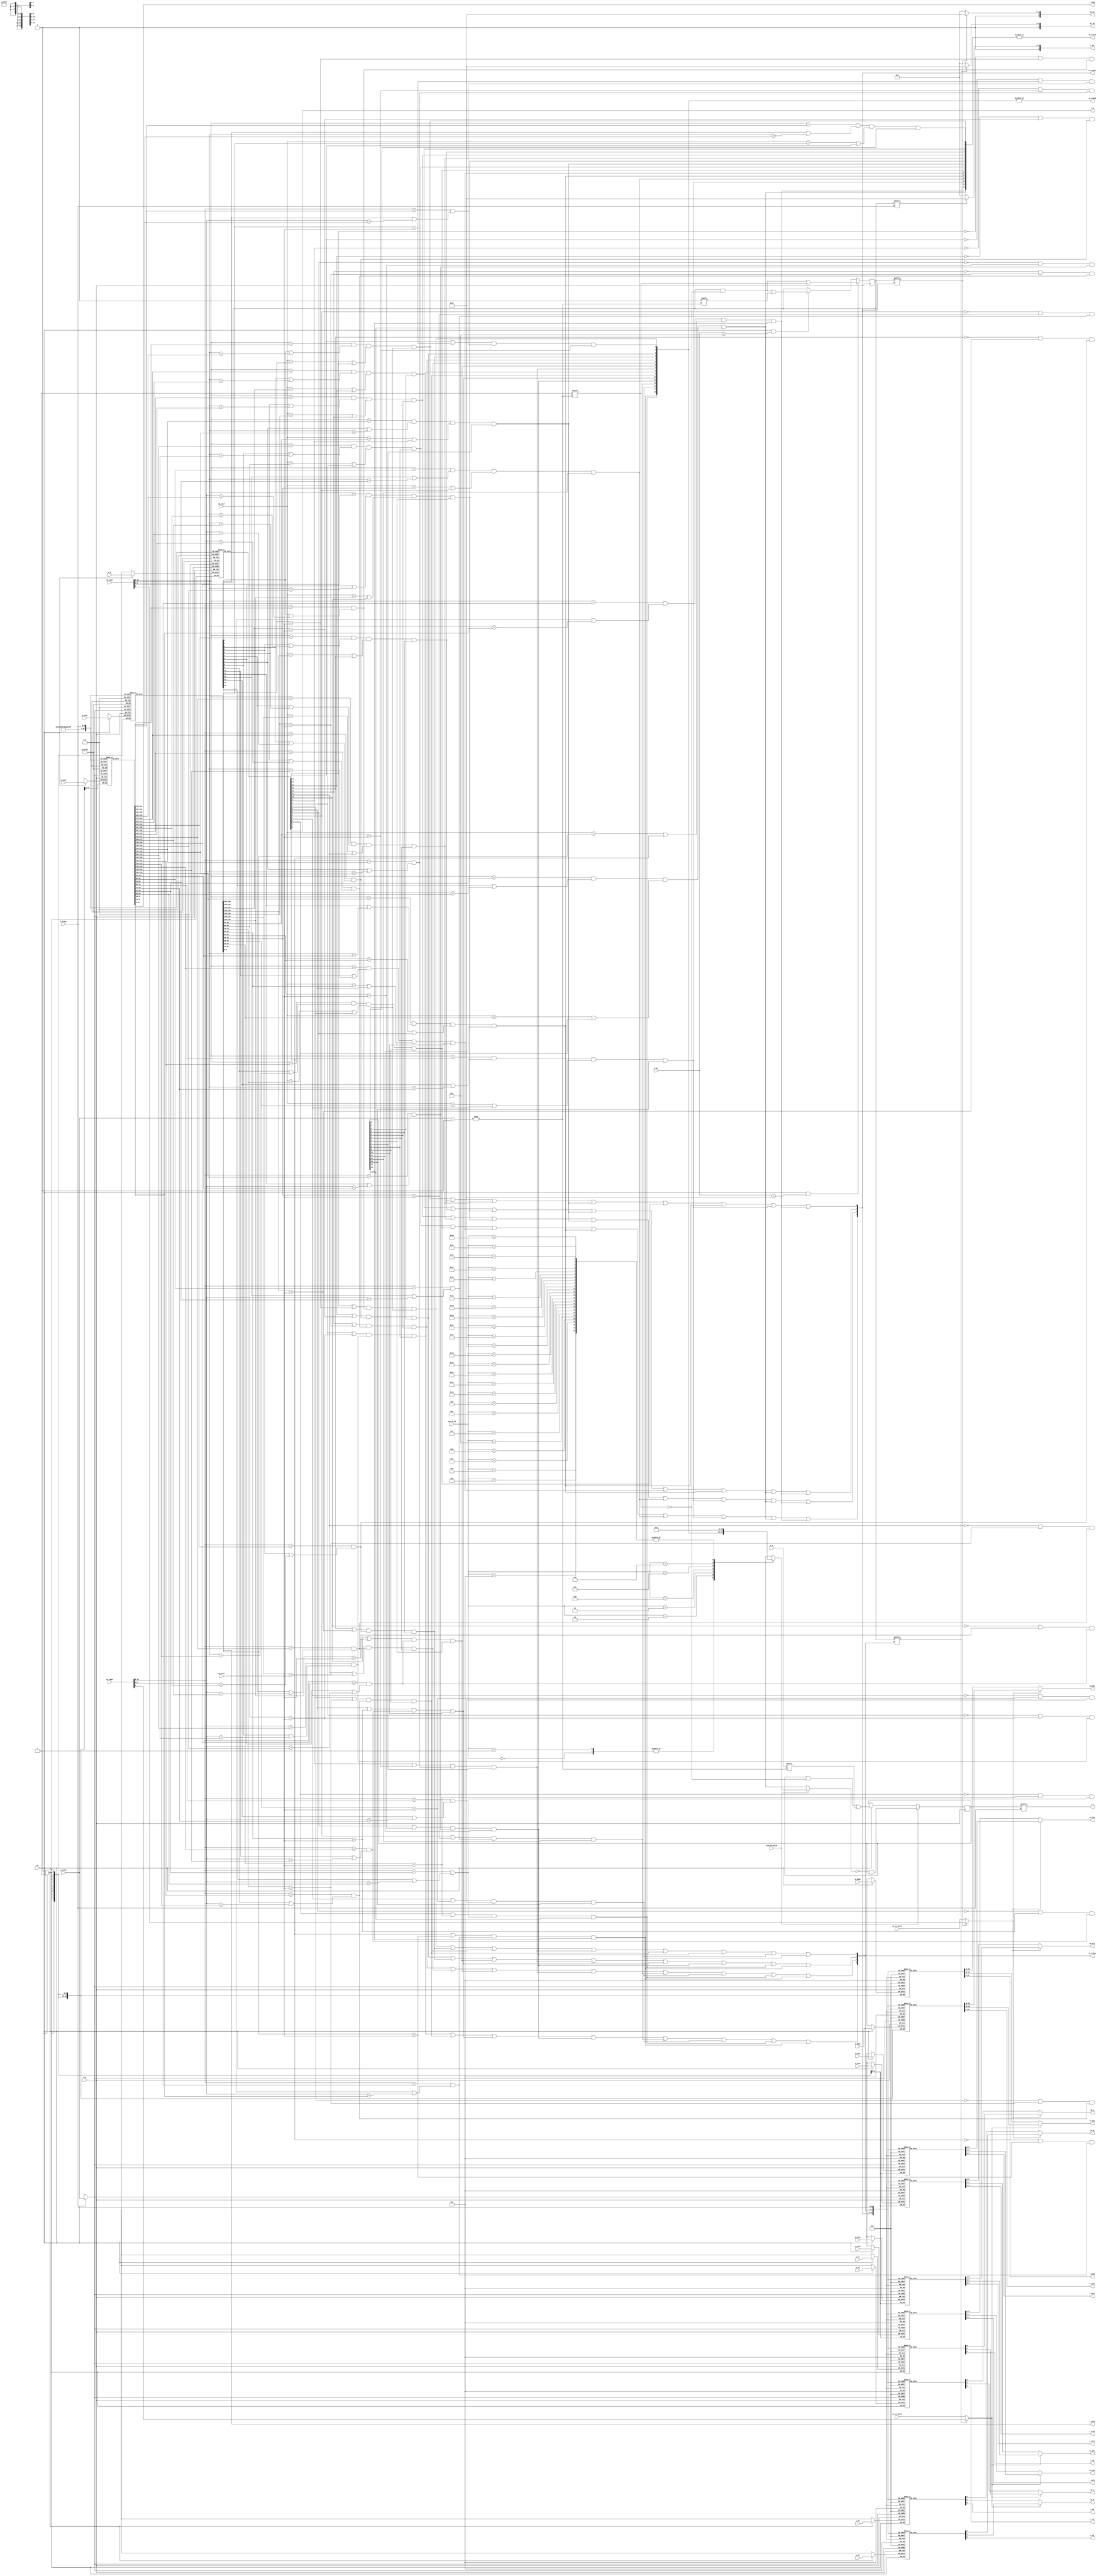
module tlb
#(
    parameter TLBNUM = 16
)
(
    input  wire         clk,

// search port 0 (for fetch)
    input  wire [ 18:0] s0_vppn,                // vppn    :  31 ~ 13 
    input  wire         s0_va_bit12,            // va_bit12:  12      
    input  wire [  9:0] s0_asid,                // asid    :  CAR.ASID  ASID 
    output wire         s0_found,               // found   :  TLB 
    output wire [$clog2(TLBNUM)-1:0] s0_index,  // index   :  CSR.TLBIDX 
    output wire [ 19:0] s0_ppn,                 // ppn     : 
    output wire [  5:0] s0_ps,                  // ps      : 
    output wire [  1:0] s0_plv,                 // plv     : 
    output wire [  1:0] s0_mat,                 // mat     :  TLB 
    output wire         s0_d,                   // d       : 
    output wire         s0_v,                   // v       : 

// search port 1 (for load/store)
    input  wire [ 18:0] s1_vppn,
    input  wire         s1_va_bit12,
    input  wire [  9:0] s1_asid,
    output wire         s1_found,
    output wire [$clog2(TLBNUM) - 1:0] s1_index,
    output wire [ 19:0] s1_ppn,
    output wire [  5:0] s1_ps,
    output wire [  1:0] s1_plv,
    output wire [  1:0] s1_mat,
    output wire         s1_d,
    output wire         s1_v,

// invtlb opcode
    input  wire         invtlb_valid,           // valid: INVTLB :  TLB  TLB 
    input  wire [  4:0] invtlb_op,              // op   : INVTLB 0x0~0x6  7 

// write port
    input  wire         we,                     //w(rite) e(nable)
    input  wire [$clog2(TLBNUM)-1:0] w_index,
    input  wire         w_e,
    input  wire [ 18:0] w_vppn,
    input  wire [  5:0] w_ps,
    input  wire [  9:0] w_asid,
    input  wire         w_g,
    input  wire [ 19:0] w_ppn0,
    input  wire [  1:0] w_plv0,
    input  wire [  1:0] w_mat0,
    input  wire         w_d0,
    input  wire         w_v0,
    input  wire [ 19:0] w_ppn1,
    input  wire [  1:0] w_plv1,
    input  wire [  1:0] w_mat1,
    input  wire         w_d1,
    input  wire         w_v1,

// read port
    input  wire [$clog2(TLBNUM)-1:0] r_index,
    output wire         r_e,
    output wire [ 18:0] r_vppn,
    output wire [  5:0] r_ps,
    output wire [  9:0] r_asid,
    output wire         r_g,
    output wire [ 19:0] r_ppn0,
    output wire [  1:0] r_plv0,
    output wire [  1:0] r_mat0,
    output wire         r_d0,
    output wire         r_v0,
    output wire [ 19:0] r_ppn1,
    output wire [  1:0] r_plv1,
    output wire [  1:0] r_mat1,
    output wire         r_d1,
    output wire         r_v1
);

reg  [TLBNUM - 1:0] tlb_e;                      // e    :  1  TLB 
reg  [TLBNUM - 1:0] tlb_ps4MB;                  // ps4MB:  1  4MB 0  4KB
reg  [        18:0] tlb_vppn [TLBNUM - 1:0];    // vppn : 
reg  [         9:0] tlb_asid [TLBNUM - 1:0];    // asid : 
reg                 tlb_g    [TLBNUM - 1:0];    // g    :  1  ASID 
reg  [        19:0] tlb_ppn0 [TLBNUM - 1:0];    // ppn  : 
reg  [         1:0] tlb_plv0 [TLBNUM - 1:0];    // plv  : 
reg  [         1:0] tlb_mat0 [TLBNUM - 1:0];    // mat  : 0x00 0x01 0x10/0x11 
reg                 tlb_d0   [TLBNUM - 1:0];    // d    :  1 
reg                 tlb_v0   [TLBNUM - 1:0];    // v    :  1 
reg  [        19:0] tlb_ppn1 [TLBNUM - 1:0];
reg  [         1:0] tlb_plv1 [TLBNUM - 1:0];
reg  [         1:0] tlb_mat1 [TLBNUM - 1:0];
reg                 tlb_d1   [TLBNUM - 1:0];
reg                 tlb_v1   [TLBNUM - 1:0];

wire                s0_sel;                     // sel  :  23  13 
wire                s1_sel;

wire [TLBNUM - 1:0] match0;
wire [TLBNUM - 1:0] match1;

wire [TLBNUM - 1:0] invtlb_mask[31:0];          // mask :  invtlb_op 
wire [TLBNUM - 1:0] cond1;                      // cond1: G  0
wire [TLBNUM - 1:0] cond2;                      // cond2: G  1
wire [TLBNUM - 1:0] cond3;                      // cond3: s1_asid  ASID 
wire [TLBNUM - 1:0] cond4;                      // cond4: s1_vppn  VPPN  PS 

assign match0[ 0] = (s0_vppn[18:9] == tlb_vppn[ 0][18:9])
                  & (tlb_ps4MB[ 0] || s0_vppn[8:0] == tlb_vppn[ 0][8:0])
                  & ((s0_asid == tlb_asid[ 0]) || tlb_g[ 0]) & tlb_e[ 0];
assign match0[ 1] = (s0_vppn[18:9] == tlb_vppn[ 1][18:9])
                  & (tlb_ps4MB[ 1] || s0_vppn[8:0] == tlb_vppn[ 1][8:0])
                  & ((s0_asid == tlb_asid[ 1]) || tlb_g[ 1]) & tlb_e[ 1];
assign match0[ 2] = (s0_vppn[18:9] == tlb_vppn[ 2][18:9])
                  & (tlb_ps4MB[ 2] || s0_vppn[8:0] == tlb_vppn[ 2][8:0])
                  & ((s0_asid == tlb_asid[ 2]) || tlb_g[ 2]) & tlb_e[ 2];
assign match0[ 3] = (s0_vppn[18:9] == tlb_vppn[ 3][18:9])
                  & (tlb_ps4MB[ 3] || s0_vppn[8:0] == tlb_vppn[ 3][8:0])
                  & ((s0_asid == tlb_asid[ 3]) || tlb_g[ 3]) & tlb_e[ 3];
assign match0[ 4] = (s0_vppn[18:9] == tlb_vppn[ 4][18:9])
                  & (tlb_ps4MB[ 4] || s0_vppn[8:0] == tlb_vppn[ 4][8:0])
                  & ((s0_asid == tlb_asid[ 4]) || tlb_g[ 4]) & tlb_e[ 4];
assign match0[ 5] = (s0_vppn[18:9] == tlb_vppn[ 5][18:9])
                  & (tlb_ps4MB[ 5] || s0_vppn[8:0] == tlb_vppn[ 5][8:0])
                  & ((s0_asid == tlb_asid[ 5]) || tlb_g[ 5]) & tlb_e[ 5];
assign match0[ 6] = (s0_vppn[18:9] == tlb_vppn[ 6][18:9])
                  & (tlb_ps4MB[ 6] || s0_vppn[8:0] == tlb_vppn[ 6][8:0])
                  & ((s0_asid == tlb_asid[ 6]) || tlb_g[ 6]) & tlb_e[ 6];
assign match0[ 7] = (s0_vppn[18:9] == tlb_vppn[ 7][18:9])
                  & (tlb_ps4MB[ 7] || s0_vppn[8:0] == tlb_vppn[ 7][8:0])
                  & ((s0_asid == tlb_asid[ 7]) || tlb_g[ 7]) & tlb_e[ 7];
assign match0[ 8] = (s0_vppn[18:9] == tlb_vppn[ 8][18:9])
                  & (tlb_ps4MB[ 8] || s0_vppn[8:0] == tlb_vppn[ 8][8:0])
                  & ((s0_asid == tlb_asid[ 8]) || tlb_g[ 8]) & tlb_e[ 8];
assign match0[ 9] = (s0_vppn[18:9] == tlb_vppn[ 9][18:9])
                  & (tlb_ps4MB[ 9] || s0_vppn[8:0] == tlb_vppn[ 9][8:0])
                  & ((s0_asid == tlb_asid[ 9]) || tlb_g[ 9]) & tlb_e[ 9];
assign match0[10] = (s0_vppn[18:9] == tlb_vppn[10][18:9])
                  & (tlb_ps4MB[10] || s0_vppn[8:0] == tlb_vppn[10][8:0])
                  & ((s0_asid == tlb_asid[10]) || tlb_g[10]) & tlb_e[10];
assign match0[11] = (s0_vppn[18:9] == tlb_vppn[11][18:9])
                  & (tlb_ps4MB[11] || s0_vppn[8:0] == tlb_vppn[11][8:0])
                  & ((s0_asid == tlb_asid[11]) || tlb_g[11]) & tlb_e[11];
assign match0[12] = (s0_vppn[18:9] == tlb_vppn[12][18:9])
                  & (tlb_ps4MB[12] || s0_vppn[8:0] == tlb_vppn[12][8:0])
                  & ((s0_asid == tlb_asid[12]) || tlb_g[12]) & tlb_e[12];
assign match0[13] = (s0_vppn[18:9] == tlb_vppn[13][18:9])
                  & (tlb_ps4MB[13] || s0_vppn[8:0] == tlb_vppn[13][8:0])
                  & ((s0_asid == tlb_asid[13]) || tlb_g[13]) & tlb_e[13];
assign match0[14] = (s0_vppn[18:9] == tlb_vppn[14][18:9])
                  & (tlb_ps4MB[14] || s0_vppn[8:0] == tlb_vppn[14][8:0])
                  & ((s0_asid == tlb_asid[14]) || tlb_g[14]) & tlb_e[14];
assign match0[15] = (s0_vppn[18:9] == tlb_vppn[15][18:9])
                  & (tlb_ps4MB[15] || s0_vppn[8:0] == tlb_vppn[15][8:0])
                  & ((s0_asid == tlb_asid[15]) || tlb_g[15]) & tlb_e[15];

assign match1[ 0] = (cond2[ 0] | cond3[ 0]) & cond4[ 0] & tlb_e[ 0];
assign match1[ 1] = (cond2[ 1] | cond3[ 1]) & cond4[ 1] & tlb_e[ 1];
assign match1[ 2] = (cond2[ 2] | cond3[ 2]) & cond4[ 2] & tlb_e[ 2];
assign match1[ 3] = (cond2[ 3] | cond3[ 3]) & cond4[ 3] & tlb_e[ 3];
assign match1[ 4] = (cond2[ 4] | cond3[ 4]) & cond4[ 4] & tlb_e[ 4];
assign match1[ 5] = (cond2[ 5] | cond3[ 5]) & cond4[ 5] & tlb_e[ 5];
assign match1[ 6] = (cond2[ 6] | cond3[ 6]) & cond4[ 6] & tlb_e[ 6];
assign match1[ 7] = (cond2[ 7] | cond3[ 7]) & cond4[ 7] & tlb_e[ 7];
assign match1[ 8] = (cond2[ 8] | cond3[ 8]) & cond4[ 8] & tlb_e[ 8];
assign match1[ 9] = (cond2[ 9] | cond3[ 9]) & cond4[ 9] & tlb_e[ 9];
assign match1[10] = (cond2[10] | cond3[10]) & cond4[10] & tlb_e[10];
assign match1[11] = (cond2[11] | cond3[11]) & cond4[11] & tlb_e[11];
assign match1[12] = (cond2[12] | cond3[12]) & cond4[12] & tlb_e[12];
assign match1[13] = (cond2[13] | cond3[13]) & cond4[13] & tlb_e[13];
assign match1[14] = (cond2[14] | cond3[14]) & cond4[14] & tlb_e[14];
assign match1[15] = (cond2[15] | cond3[15]) & cond4[15] & tlb_e[15];

//search port 0 (for fetch)
    assign s0_found    = |match0[TLBNUM - 1:0];
    assign s0_index[0] = match0[ 1] | match0[ 3] | match0[ 5] | match0[ 7] 
                       | match0[ 9] | match0[11] | match0[13] | match0[15];
    assign s0_index[1] = match0[ 2] | match0[ 3] | match0[ 6] | match0[ 7] 
                       | match0[10] | match0[11] | match0[14] | match0[15];
    assign s0_index[2] = match0[ 4] | match0[ 5] | match0[ 6] | match0[ 7]
                       | match0[12] | match0[13] | match0[14] | match0[15];
    assign s0_index[3] = match0[ 8] | match0[ 9] | match0[10] | match0[11]
                       | match0[12] | match0[13] | match0[14] | match0[15];
    assign s0_sel = tlb_ps4MB[s0_index] ? s0_vppn[8] : s0_va_bit12;
    assign s0_ppn = s0_sel ? tlb_ppn1[s0_index] : tlb_ppn0[s0_index];
    assign s0_ps  = tlb_ps4MB[s0_index] ? 6'd21 : 6'd12;
    assign s0_plv = s0_sel ? tlb_plv1[s0_index] : tlb_plv0[s0_index];
    assign s0_mat = s0_sel ? tlb_mat1[s0_index] : tlb_mat0[s0_index];
    assign s0_d   = s0_sel ? tlb_d1  [s0_index] : tlb_d0  [s0_index];
    assign s0_v   = s0_sel ? tlb_v1  [s0_index] : tlb_v0  [s0_index];

//search port 1 (for fetch)
    assign s1_found    = |match1[TLBNUM - 1:0];
    assign s1_index[0] = match1[ 1] | match1[ 3] | match1[ 5] | match1[ 7] 
                       | match1[ 9] | match1[11] | match1[13] | match1[15];
    assign s1_index[1] = match1[ 2] | match1[ 3] | match1[ 6] | match1[ 7]
                       | match1[10] | match1[11] | match1[14] | match1[15];
    assign s1_index[2] = match1[ 4] | match1[ 5] | match1[ 6] | match1[ 7]
                       | match1[12] | match1[13] | match1[14] | match1[15];
    assign s1_index[3] = match1[ 8] | match1[ 9] | match1[10] | match1[11]
                       | match1[12] | match1[13] | match1[14] | match1[15];
    assign s1_sel = tlb_ps4MB[s1_index] ? s1_vppn[8] : s1_va_bit12;
    assign s1_ppn = s1_sel ? tlb_ppn1[s1_index] : tlb_ppn0[s1_index];
    assign s1_ps  = tlb_ps4MB[s1_index] ? 6'd21 : 6'd12;
    assign s1_plv = s1_sel ? tlb_plv1[s1_index] : tlb_plv0[s1_index];
    assign s1_mat = s1_sel ? tlb_mat1[s1_index] : tlb_mat0[s1_index];
    assign s1_d   = s1_sel ? tlb_d1  [s1_index] : tlb_d0  [s1_index];
    assign s1_v   = s1_sel ? tlb_v1  [s1_index] : tlb_v0  [s1_index];

//write port
    always @(posedge clk) begin
       if (we) begin
            tlb_e   [w_index] <= w_e;
            tlb_vppn[w_index] <= w_vppn;
            tlb_asid[w_index] <= w_asid;
            tlb_g   [w_index] <= w_g;
            tlb_ppn0[w_index] <= w_ppn0;
            tlb_plv0[w_index] <= w_plv0;
            tlb_mat0[w_index] <= w_mat0;
            tlb_d0  [w_index] <= w_d0;
            tlb_v0  [w_index] <= w_v0;
            tlb_ppn1[w_index] <= w_ppn1;
            tlb_plv1[w_index] <= w_plv1;
            tlb_mat1[w_index] <= w_mat1;
            tlb_d1  [w_index] <= w_d1;
            tlb_v1  [w_index] <= w_v1;
        end
        
        if (we && (w_ps == 6'd21))
            tlb_ps4MB[w_index] <= 1'b1;
        else if (we && (w_ps == 6'd12))
            tlb_ps4MB[w_index] <= 1'b0;

        if (invtlb_valid)
            tlb_e <= ~invtlb_mask[invtlb_op] & tlb_e;
    end

//read port
    assign r_e    = tlb_e    [r_index];
    assign r_vppn = tlb_vppn [r_index];
    assign r_ps   = tlb_ps4MB[r_index] ? 6'd21 : 6'd12;
    assign r_asid = tlb_asid [r_index];
    assign r_g    = tlb_g    [r_index];
    assign r_ppn0 = tlb_ppn0 [r_index];
    assign r_plv0 = tlb_plv0 [r_index];
    assign r_mat0 = tlb_mat0 [r_index];
    assign r_d0   = tlb_d0   [r_index];
    assign r_v0   = tlb_v0   [r_index]; 
    assign r_ppn1 = tlb_ppn1 [r_index];
    assign r_plv1 = tlb_plv1 [r_index];
    assign r_mat1 = tlb_mat1 [r_index];
    assign r_d1   = tlb_d1   [r_index];
    assign r_v1   = tlb_v1   [r_index];

//INVTLB mask
    assign invtlb_mask[0] = 16'hffff;               // cond1 || cond2
    assign invtlb_mask[1] = 16'hffff;               // cond1 || cond2
    assign invtlb_mask[2] = {                       // cond2
        cond2[15], cond2[14], cond2[13], cond2[12],
        cond2[11], cond2[10], cond2[ 9], cond2[ 8],
        cond2[ 7], cond2[ 6], cond2[ 5], cond2[ 4],
        cond2[ 3], cond2[ 2], cond2[ 1], cond2[ 0]
    };
    assign invtlb_mask[3] = {                       // cond1
        cond1[15], cond1[14], cond1[13], cond1[12],
        cond1[11], cond1[10], cond1[ 9], cond1[ 8],
        cond1[ 7], cond1[ 6], cond1[ 5], cond1[ 4],
        cond1[ 3], cond1[ 2], cond1[ 1], cond1[ 0]
    };
    assign invtlb_mask[4] = {                       // cond1 && cond3
        cond1[15] & cond3[15], cond1[14] & cond3[14], cond1[13] & cond3[13], cond1[12] & cond3[12],
        cond1[11] & cond3[11], cond1[10] & cond3[10], cond1[ 9] & cond3[ 9], cond1[ 8] & cond3[ 8],
        cond1[ 7] & cond3[ 7], cond1[ 6] & cond3[ 6], cond1[ 5] & cond3[ 5], cond1[ 4] & cond3[ 4],
        cond1[ 3] & cond3[ 3], cond1[ 2] & cond3[ 2], cond1[ 1] & cond3[ 1], cond1[ 0] & cond3[ 0]
    };
    assign invtlb_mask[5] = {                       // cond1 && cond3 && cond4
        cond1[15] & cond3[15] & cond4[15], cond1[14] & cond3[14] & cond4[14],
        cond1[13] & cond3[13] & cond4[13], cond1[12] & cond3[12] & cond4[12],
        cond1[11] & cond3[11] & cond4[11], cond1[10] & cond3[10] & cond4[10],
        cond1[ 9] & cond3[ 9] & cond4[ 9], cond1[ 8] & cond3[ 8] & cond4[ 8],
        cond1[ 7] & cond3[ 7] & cond4[ 7], cond1[ 6] & cond3[ 6] & cond4[ 6],
        cond1[ 5] & cond3[ 5] & cond4[ 5], cond1[ 4] & cond3[ 4] & cond4[ 4],
        cond1[ 3] & cond3[ 3] & cond4[ 3], cond1[ 2] & cond3[ 2] & cond4[ 2],
        cond1[ 1] & cond3[ 1] & cond4[ 1], cond1[ 0] & cond3[ 0] & cond4[ 0]
    };
    assign invtlb_mask[6] = {                       // (cond2 || cond3) && cond4
        match1[15], match1[14], match1[13], match1[12],
        match1[11], match1[10], match1[ 9], match1[ 8],
        match1[ 7], match1[ 6], match1[ 5], match1[ 4],
        match1[ 3], match1[ 2], match1[ 1], match1[ 0]
    };
    genvar i;
    generate for (i = 7; i < 32; i = i + 1)
    begin
        assign invtlb_mask[i] = 16'h0000;           // 16'h0000
    end
    endgenerate

//INVTLB conditions
    // cond1
        assign cond1[TLBNUM - 1:0] = {
            ~tlb_g[15], ~tlb_g[14], ~tlb_g[13], ~tlb_g[12],
            ~tlb_g[11], ~tlb_g[10], ~tlb_g[ 9], ~tlb_g[ 8],
            ~tlb_g[ 7], ~tlb_g[ 6], ~tlb_g[ 5], ~tlb_g[ 4],
            ~tlb_g[ 3], ~tlb_g[ 2], ~tlb_g[ 1], ~tlb_g[ 0]
        };
    // cond2
        assign cond2[TLBNUM - 1:0] = {
             tlb_g[15],  tlb_g[14],  tlb_g[13],  tlb_g[12],
             tlb_g[11],  tlb_g[10],  tlb_g[ 9],  tlb_g[ 8],
             tlb_g[ 7],  tlb_g[ 6],  tlb_g[ 5],  tlb_g[ 4],
             tlb_g[ 3],  tlb_g[ 2],  tlb_g[ 1],  tlb_g[ 0]
        };
    // cond3
        assign cond3[ 0] = tlb_asid[ 0] == s1_asid;
        assign cond3[ 1] = tlb_asid[ 1] == s1_asid;
        assign cond3[ 2] = tlb_asid[ 2] == s1_asid;
        assign cond3[ 3] = tlb_asid[ 3] == s1_asid;
        assign cond3[ 4] = tlb_asid[ 4] == s1_asid;
        assign cond3[ 5] = tlb_asid[ 5] == s1_asid;
        assign cond3[ 6] = tlb_asid[ 6] == s1_asid;
        assign cond3[ 7] = tlb_asid[ 7] == s1_asid;
        assign cond3[ 8] = tlb_asid[ 8] == s1_asid;
        assign cond3[ 9] = tlb_asid[ 9] == s1_asid;
        assign cond3[10] = tlb_asid[10] == s1_asid;
        assign cond3[11] = tlb_asid[11] == s1_asid;
        assign cond3[12] = tlb_asid[12] == s1_asid;
        assign cond3[13] = tlb_asid[13] == s1_asid;
        assign cond3[14] = tlb_asid[14] == s1_asid;
        assign cond3[15] = tlb_asid[15] == s1_asid;
    // cond4
        assign cond4[ 0] = (s1_vppn[18:9] == tlb_vppn[ 0][18:9])
                         & (tlb_ps4MB[ 0] || s1_vppn[8:0] == tlb_vppn[ 0][8:0]);
        assign cond4[ 1] = (s1_vppn[18:9] == tlb_vppn[ 1][18:9])
                         & (tlb_ps4MB[ 1] || s1_vppn[8:0] == tlb_vppn[ 1][8:0]);
        assign cond4[ 2] = (s1_vppn[18:9] == tlb_vppn[ 2][18:9])
                         & (tlb_ps4MB[ 2] || s1_vppn[8:0] == tlb_vppn[ 2][8:0]);
        assign cond4[ 3] = (s1_vppn[18:9] == tlb_vppn[ 3][18:9])
                         & (tlb_ps4MB[ 3] || s1_vppn[8:0] == tlb_vppn[ 3][8:0]);
        assign cond4[ 4] = (s1_vppn[18:9] == tlb_vppn[ 4][18:9])
                         & (tlb_ps4MB[ 4] || s1_vppn[8:0] == tlb_vppn[ 4][8:0]);
        assign cond4[ 5] = (s1_vppn[18:9] == tlb_vppn[ 5][18:9])
                         & (tlb_ps4MB[ 5] || s1_vppn[8:0] == tlb_vppn[ 5][8:0]);
        assign cond4[ 6] = (s1_vppn[18:9] == tlb_vppn[ 6][18:9])
                         & (tlb_ps4MB[ 6] || s1_vppn[8:0] == tlb_vppn[ 6][8:0]);
        assign cond4[ 7] = (s1_vppn[18:9] == tlb_vppn[ 7][18:9])
                         & (tlb_ps4MB[ 7] || s1_vppn[8:0] == tlb_vppn[ 7][8:0]);
        assign cond4[ 8] = (s1_vppn[18:9] == tlb_vppn[ 8][18:9])
                         & (tlb_ps4MB[ 8] || s1_vppn[8:0] == tlb_vppn[ 8][8:0]);
        assign cond4[ 9] = (s1_vppn[18:9] == tlb_vppn[ 9][18:9])
                         & (tlb_ps4MB[ 9] || s1_vppn[8:0] == tlb_vppn[ 9][8:0]);
        assign cond4[10] = (s1_vppn[18:9] == tlb_vppn[10][18:9])
                         & (tlb_ps4MB[10] || s1_vppn[8:0] == tlb_vppn[10][8:0]);
        assign cond4[11] = (s1_vppn[18:9] == tlb_vppn[11][18:9])
                         & (tlb_ps4MB[11] || s1_vppn[8:0] == tlb_vppn[11][8:0]);
        assign cond4[12] = (s1_vppn[18:9] == tlb_vppn[12][18:9])
                         & (tlb_ps4MB[12] || s1_vppn[8:0] == tlb_vppn[12][8:0]);
        assign cond4[13] = (s1_vppn[18:9] == tlb_vppn[13][18:9])
                         & (tlb_ps4MB[13] || s1_vppn[8:0] == tlb_vppn[13][8:0]);
        assign cond4[14] = (s1_vppn[18:9] == tlb_vppn[14][18:9])
                         & (tlb_ps4MB[14] || s1_vppn[8:0] == tlb_vppn[14][8:0]);
        assign cond4[15] = (s1_vppn[18:9] == tlb_vppn[15][18:9])
                         & (tlb_ps4MB[15] || s1_vppn[8:0] == tlb_vppn[15][8:0]);

endmodule